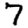
Digit: 7